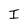
Character: I